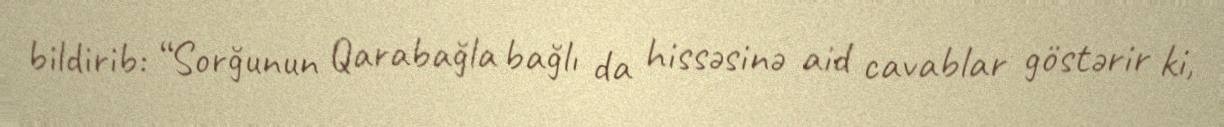
bildirib: “Sorğunun Qarabağla bağlı da hissəsinə aid cavablar göstərir ki,